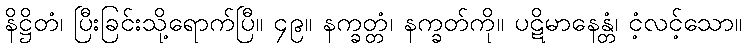
နိဋ္ဌိတံ၊ ပြီးခြင်းသို့ရောက်ပြီ။ ၄၉။ နက္ခတ္တံ၊ နက္ခတ်ကို။ ပဋိမာနေန္တံ၊ ငံ့လင့်သော။